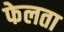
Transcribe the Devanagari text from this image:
फेलता